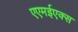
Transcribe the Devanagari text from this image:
एएमईएक्स